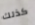
كذلك